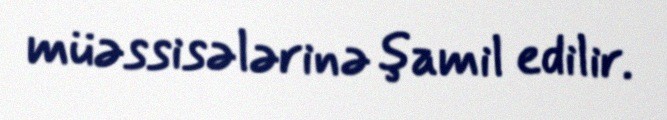
müəssisələrinə şamil edilir.